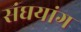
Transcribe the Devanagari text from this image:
संघयांग